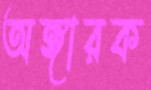
অঙ্গারক